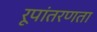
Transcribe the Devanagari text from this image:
रूपांतरणता